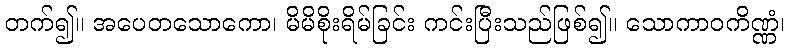
တက်၍။ အပေတသောကော၊ မိမိစိုးရိမ်ခြင်း ကင်းပြီးသည်ဖြစ်၍။ သောကာဝကိဏ္ဏံ၊